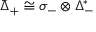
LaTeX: { \bar { \Delta } } _ { + } \cong \sigma _ { - } \otimes \Delta _ { - } ^ { * }